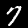
Label: 7